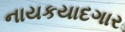
નાયકયાદગાર